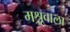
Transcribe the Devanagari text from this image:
मश्रूवाला